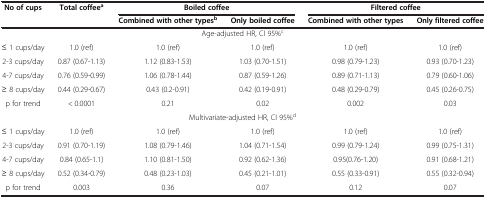
| No of cups | Total coffeea | <COLSPAN=2> Boiled coffee | <COLSPAN=2> Filtered coffee |
 |  |  | Combined with other typesb | Only boiled coffee | Combined with other types | Only filtered coffee |
 | --- | --- | --- | --- | --- | --- |
 | <COLSPAN=6> Age-adjusted HR, CI 95%c |
 | ≤ 1 cups/day | 1.0 (ref) | 1.0 (ref) | 1.0 (ref) | 1.0 (ref) | 1.0 (ref) |
 | 2-3 cups/day | 0.87 (0.67-1.13) | 1.12 (0.83-1.53) | 1.03 (0.70-1.51) | 0.98 (0.79-1.23) | 0.93 (0.70-1.23) |
 | 4-7 cups/day | 0.76 (0.59-0.99) | 1.06 (0.78-1.44) | 0.87 (0.59-1.26) | 0.89 (0.71-1.13) | 0.79 (0.60-1.06) |
 | ≥ 8 cups/day | 0.44 (0.29-0.67) | 0.43 (0.2-0.91) | 0.42 (0.19-0.91) | 0.48 (0.29-0.79) | 0.45 (0.26-0.75) |
 | p for trend | < 0.0001 | 0.21 | 0.02 | 0.002 | 0.03 |
 | <COLSPAN=6> Multivariate-adjusted HR, CI 95%d |
 | ≤ 1 cups/day | 1.0 (ref) | 1.0 (ref) | 1.0 (ref) | 1.0 (ref) | 1.0 (ref) |
 | 2-3 cups/day | 0.91 (0.70-1.19) | 1.08 (0.79-1.46) | 1.04 (0.71-1.54) | 0.99 (0.79-1.24) | 0.99 (0.75-1.31) |
 | 4-7 cups/day | 0.84 (0.65-1.1) | 1.10 (0.81-1.50) | 0.92 (0.62-1.36) | 0.95(0.76-1.20) | 0.91 (0.68-1.21) |
 | ≥ 8 cups/day | 0.52 (0.34-0.79) | 0.48 (0.23-1.03) | 0.45 (0.21-1.01) | 0.55 (0.33-0.91) | 0.55 (0.32-0.94) |
 | p for trend | 0.003 | 0.36 | 0.07 | 0.12 | 0.07 |